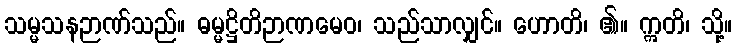
သမ္မသနဉာဏ်သည်။ ဓမ္မဋ္ဌိတိဉာဏမေဝ၊ သည်သာလျှင်။ ဟောတိ၊ ၏။ ဣတိ၊ သို့။